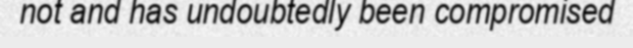
not and has undoubtedly been compromised